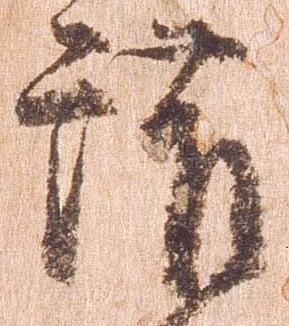
護